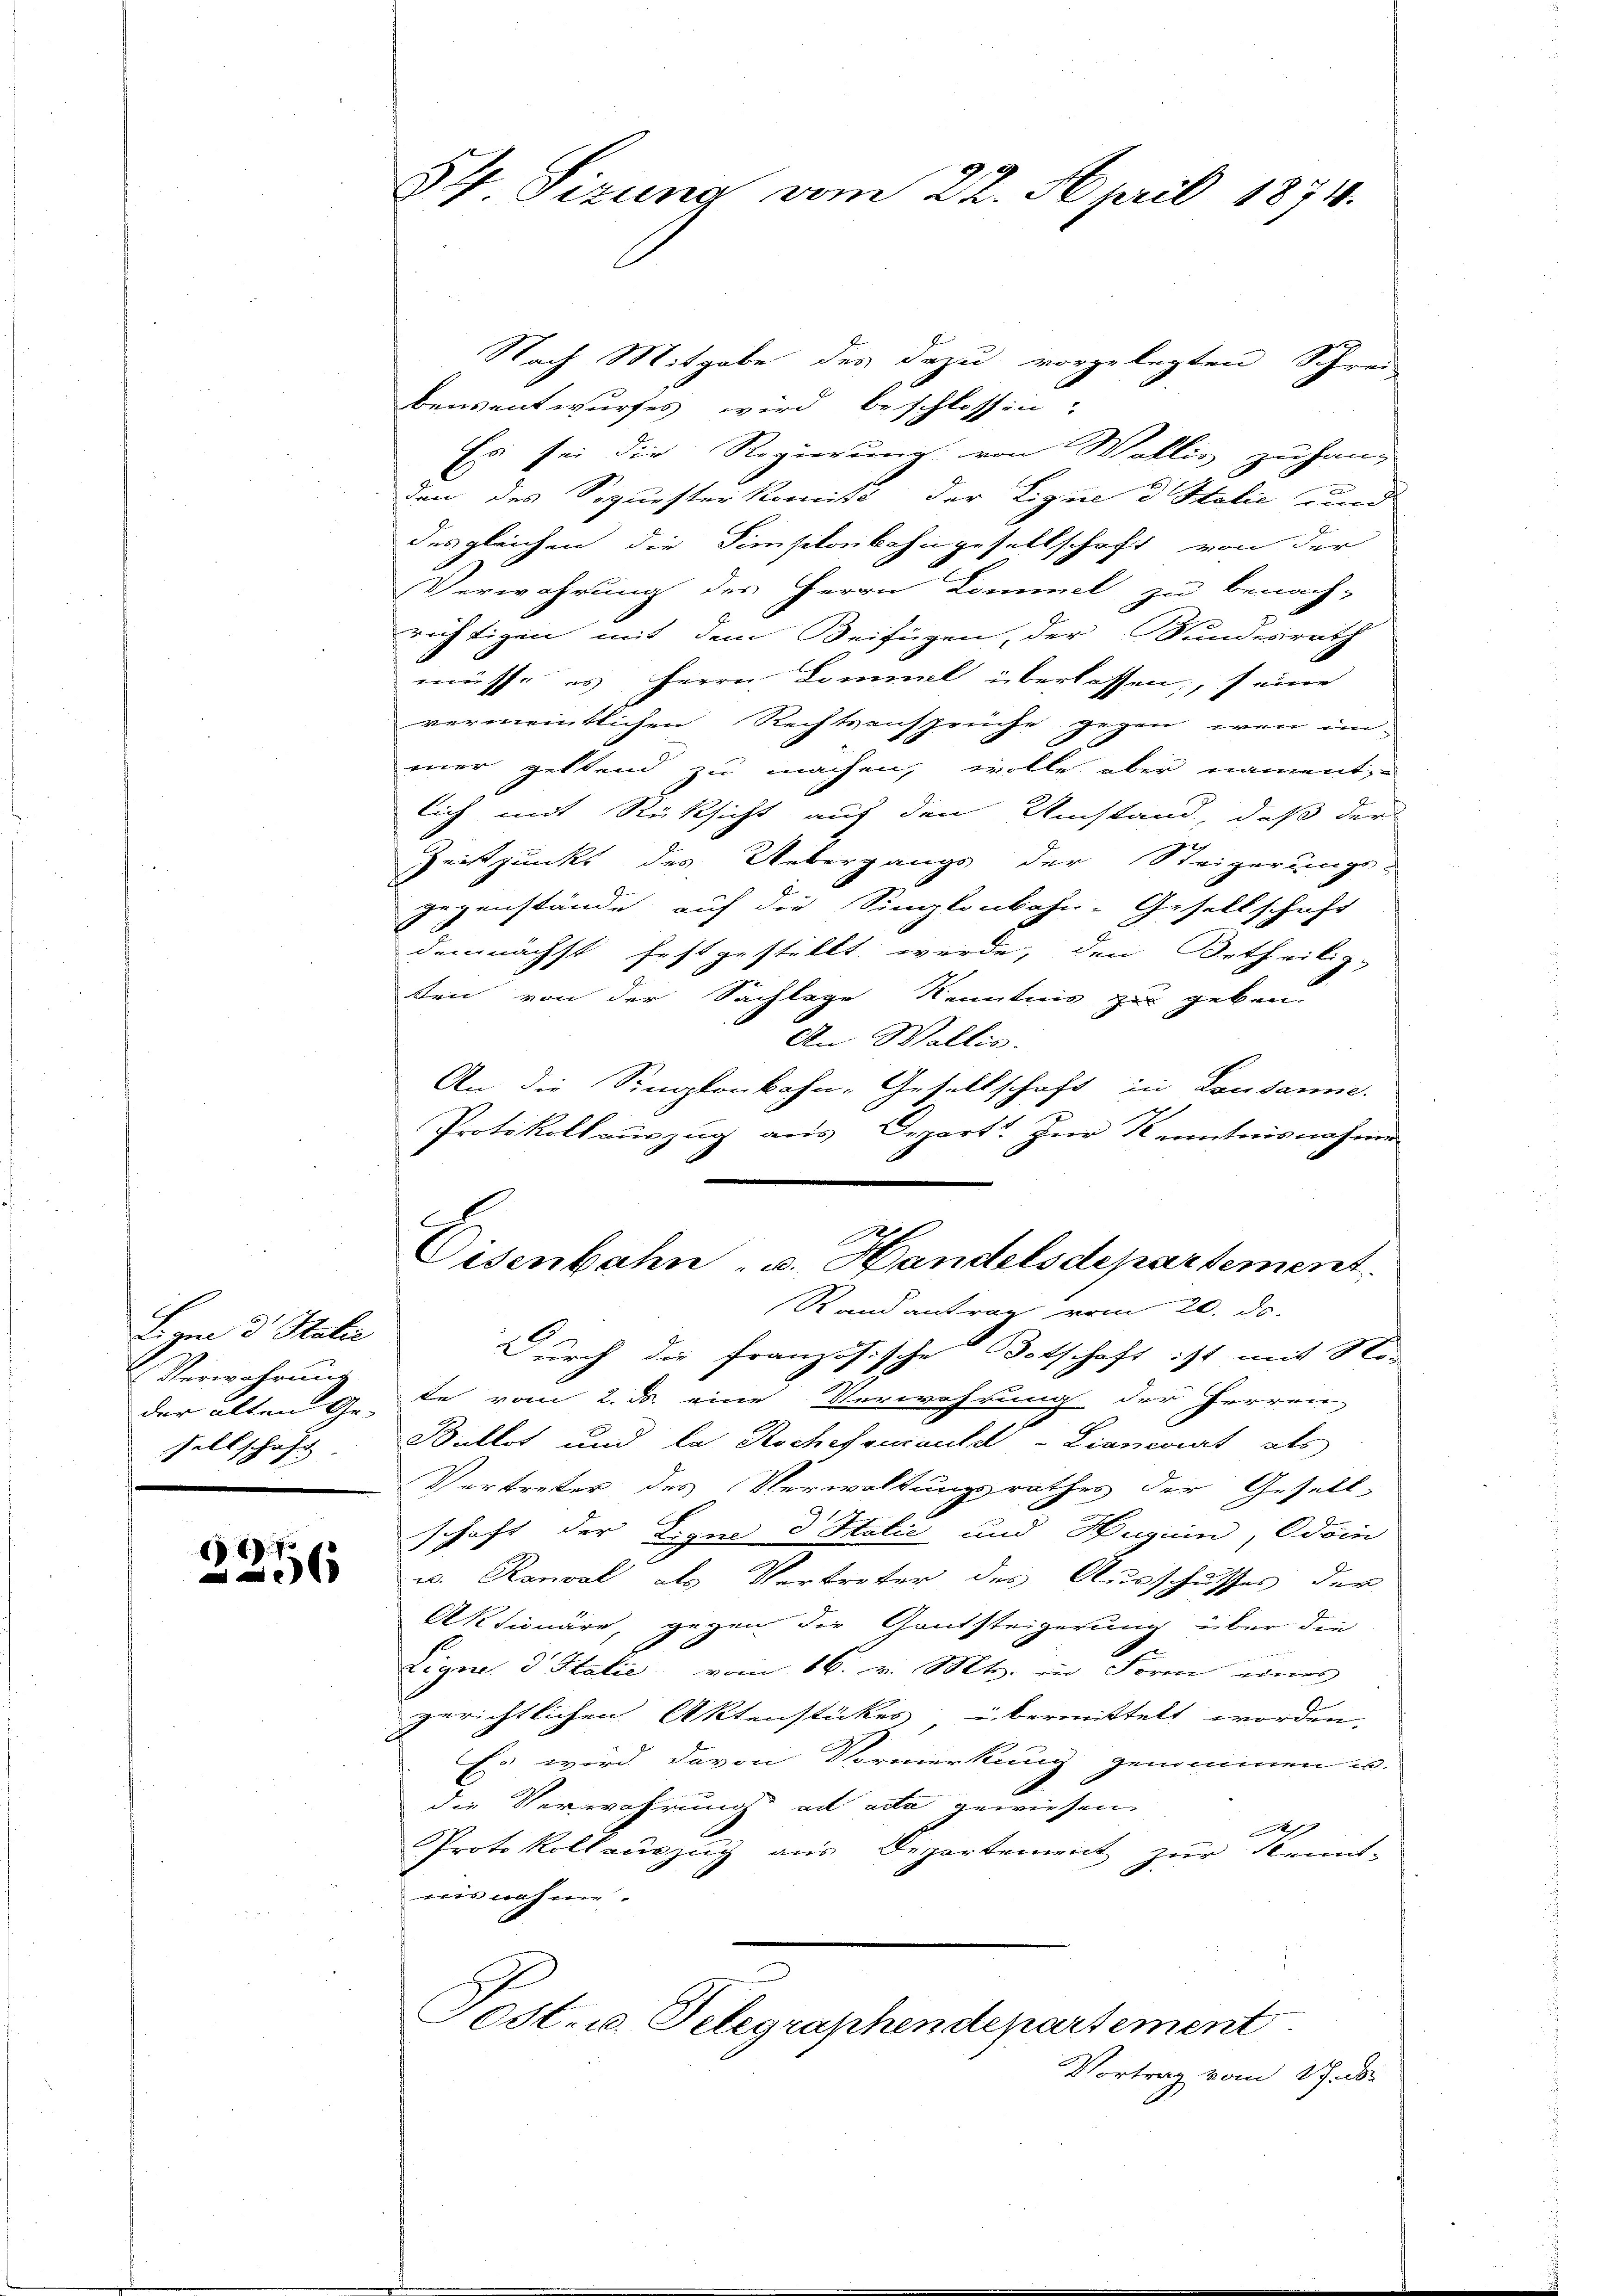
Lym d Stalie
der alten Ge-

61. 7
6

54 Sizung vom 22. April 1874.

Nach Mitgabe des dazu vorgelegten Schrei-
bensentwurfes wird beschlossen:
Es sei die Regierung von Wallis zu hang
den des Sequester komit der Lique d Italie und
des gleichen die Simplonbahngesellschaft von der
Verwahrung des Herrn Kommel zu benach-
richtigen mit dem Beifügen, der Bundesrath
müsse es Herrn Donnel überlassen, seine
vermanntlichen Rechtsansprüche gegen wenn im
mer geltend zu machen, wolle aber nament
lich mit Rücksicht auf den Umstand, daß der
Zeitpunkt des Uebergangs der Steigerungs-
gegenstände auf die Singkonkahn-Gesellschaft
demnächst festgestellt werde, den Ortheilig-
ten von der Sachlage Kenntnis zu geben.
An Wallis.
An die Simplonbahn-Gesellschaft in Lausanne.
Protokollauszug aus Depart. Zur Kenntnisnahmen
s
Cisenbahn- u. Handelsdepartement
Randantrag vom 20. ds.
Durch die französische Botschaft ist mit No-
Verwahrung de vom 2. ds. eine Verwahrung der Herren
Fellschaft. Bullet und la Rochefoniauld-Lianeviat als
Vertreter des Verwaltungsrathes der Gesell-
schaft der Ligne d Halić und Huguin, Odoin
u. Ronval, als Vertreter des Ausschusses der
Aktionäre, gegen die Gantsteigerung über die
Eigne, d Italie vom 16. v. Mts. in Form eines
gerichtlichen Aktenstückes übermittelt worden.
Er wird davon Vormerkung genommen u.
die Verwahrung ad acta gewiesen.
1
Protokoll auszug aus Departement zur Kennt-
nis nahme.
Post- u. Telegraphendepartement
Vortrag vom 17. d.